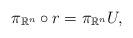
LaTeX: \begin{align*} \pi_{\mathbb{R}^n} \circ r = \pi_{\mathbb{R}^n} U,\end{align*}